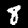
Digit: 8